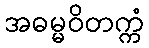
အဓမ္မဝိတက္ကံ